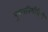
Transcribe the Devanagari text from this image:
पुण्यतिथीदिनी